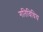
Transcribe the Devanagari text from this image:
गतिविधिय